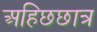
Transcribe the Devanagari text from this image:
अहिछछात्र